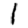
Digit: 1